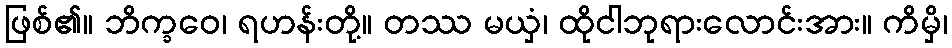
ဖြစ်၏။ ဘိက္ခဝေ၊ ရဟန်းတို့။ တဿ မယှံ၊ ထိုငါဘုရားလောင်းအား။ ကိမှိ၊